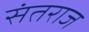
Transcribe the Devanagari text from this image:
संतराज